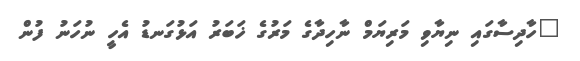
"ހާދިސާގައި ނިޔާވި މަރިޔަމް ނާހިދާގެ މަރުގެ ޚަބަރު އަޅުގަނޑު އެހީ ނުހަނު ފުން